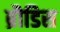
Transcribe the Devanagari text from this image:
ब्रौडिस